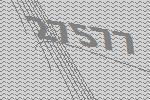
27577